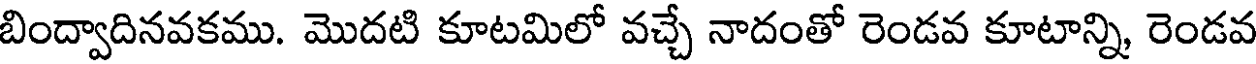
బింద్వాదినవకము. మొదటి కూటమిలో వచ్చే నాదంతో రెండవ కూటాన్ని, రెండవ